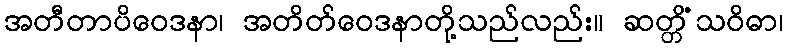
အတီတာပိဝေဒနာ၊ အတိတ်ဝေဒနာတို့သည်လည်း။ ဆတ္တိံသဝိဓာ၊